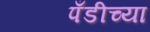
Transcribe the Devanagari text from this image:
पँडीच्या